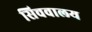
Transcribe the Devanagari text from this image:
सिचवालय